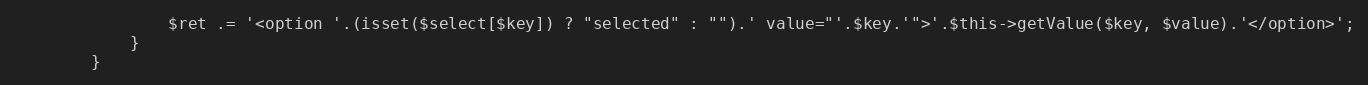
Language: PHP
                $ret .= '<option '.(isset($select[$key]) ? "selected" : "").' value="'.$key.'">'.$this->getValue($key, $value).'</option>';
            }
        }